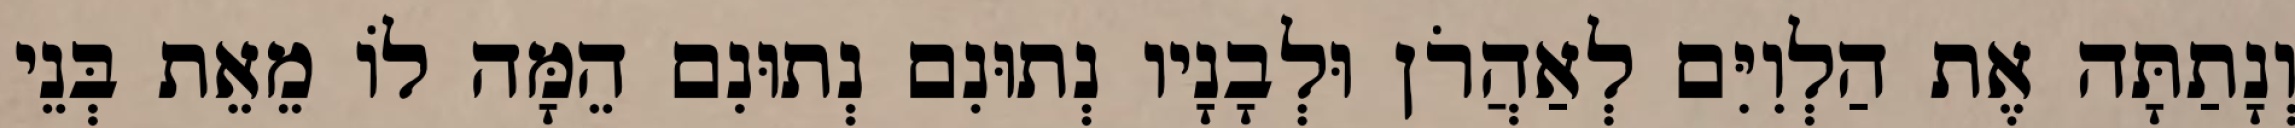
וְנָתַתָּה אֶת הַלְוִיִּם לְאַהֲרֹן וּלְבָנָיו נְתוּנִם נְתוּנִם הֵמָּה לוֹ מֵאֵת בְּנֵי